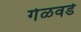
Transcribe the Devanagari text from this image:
गेळवडे